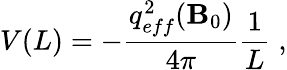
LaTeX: V(L)=-\frac{{{q_{eff}^{2}({\mathbf B}_{0})}}}{{4\pi}}\frac{1}{L}\; ,